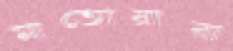
মাতোয়ারা